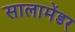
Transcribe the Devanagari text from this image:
सालामेंडर